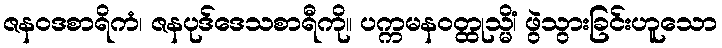
ဇနဝဒစာရိကံ၊ ဇနပုဒ်ဒေသစာရီကို။ ပက္ကမနဝတ္ထုသ္မိံ၊ ဖွဲသွားခြင်းဟူသော